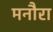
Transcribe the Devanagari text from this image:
मनौरा